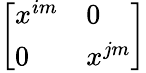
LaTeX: \left[\begin{array}{ll}{x^{im}}&{0}\\ {0}&{x^{jm}}\end{array}\right]